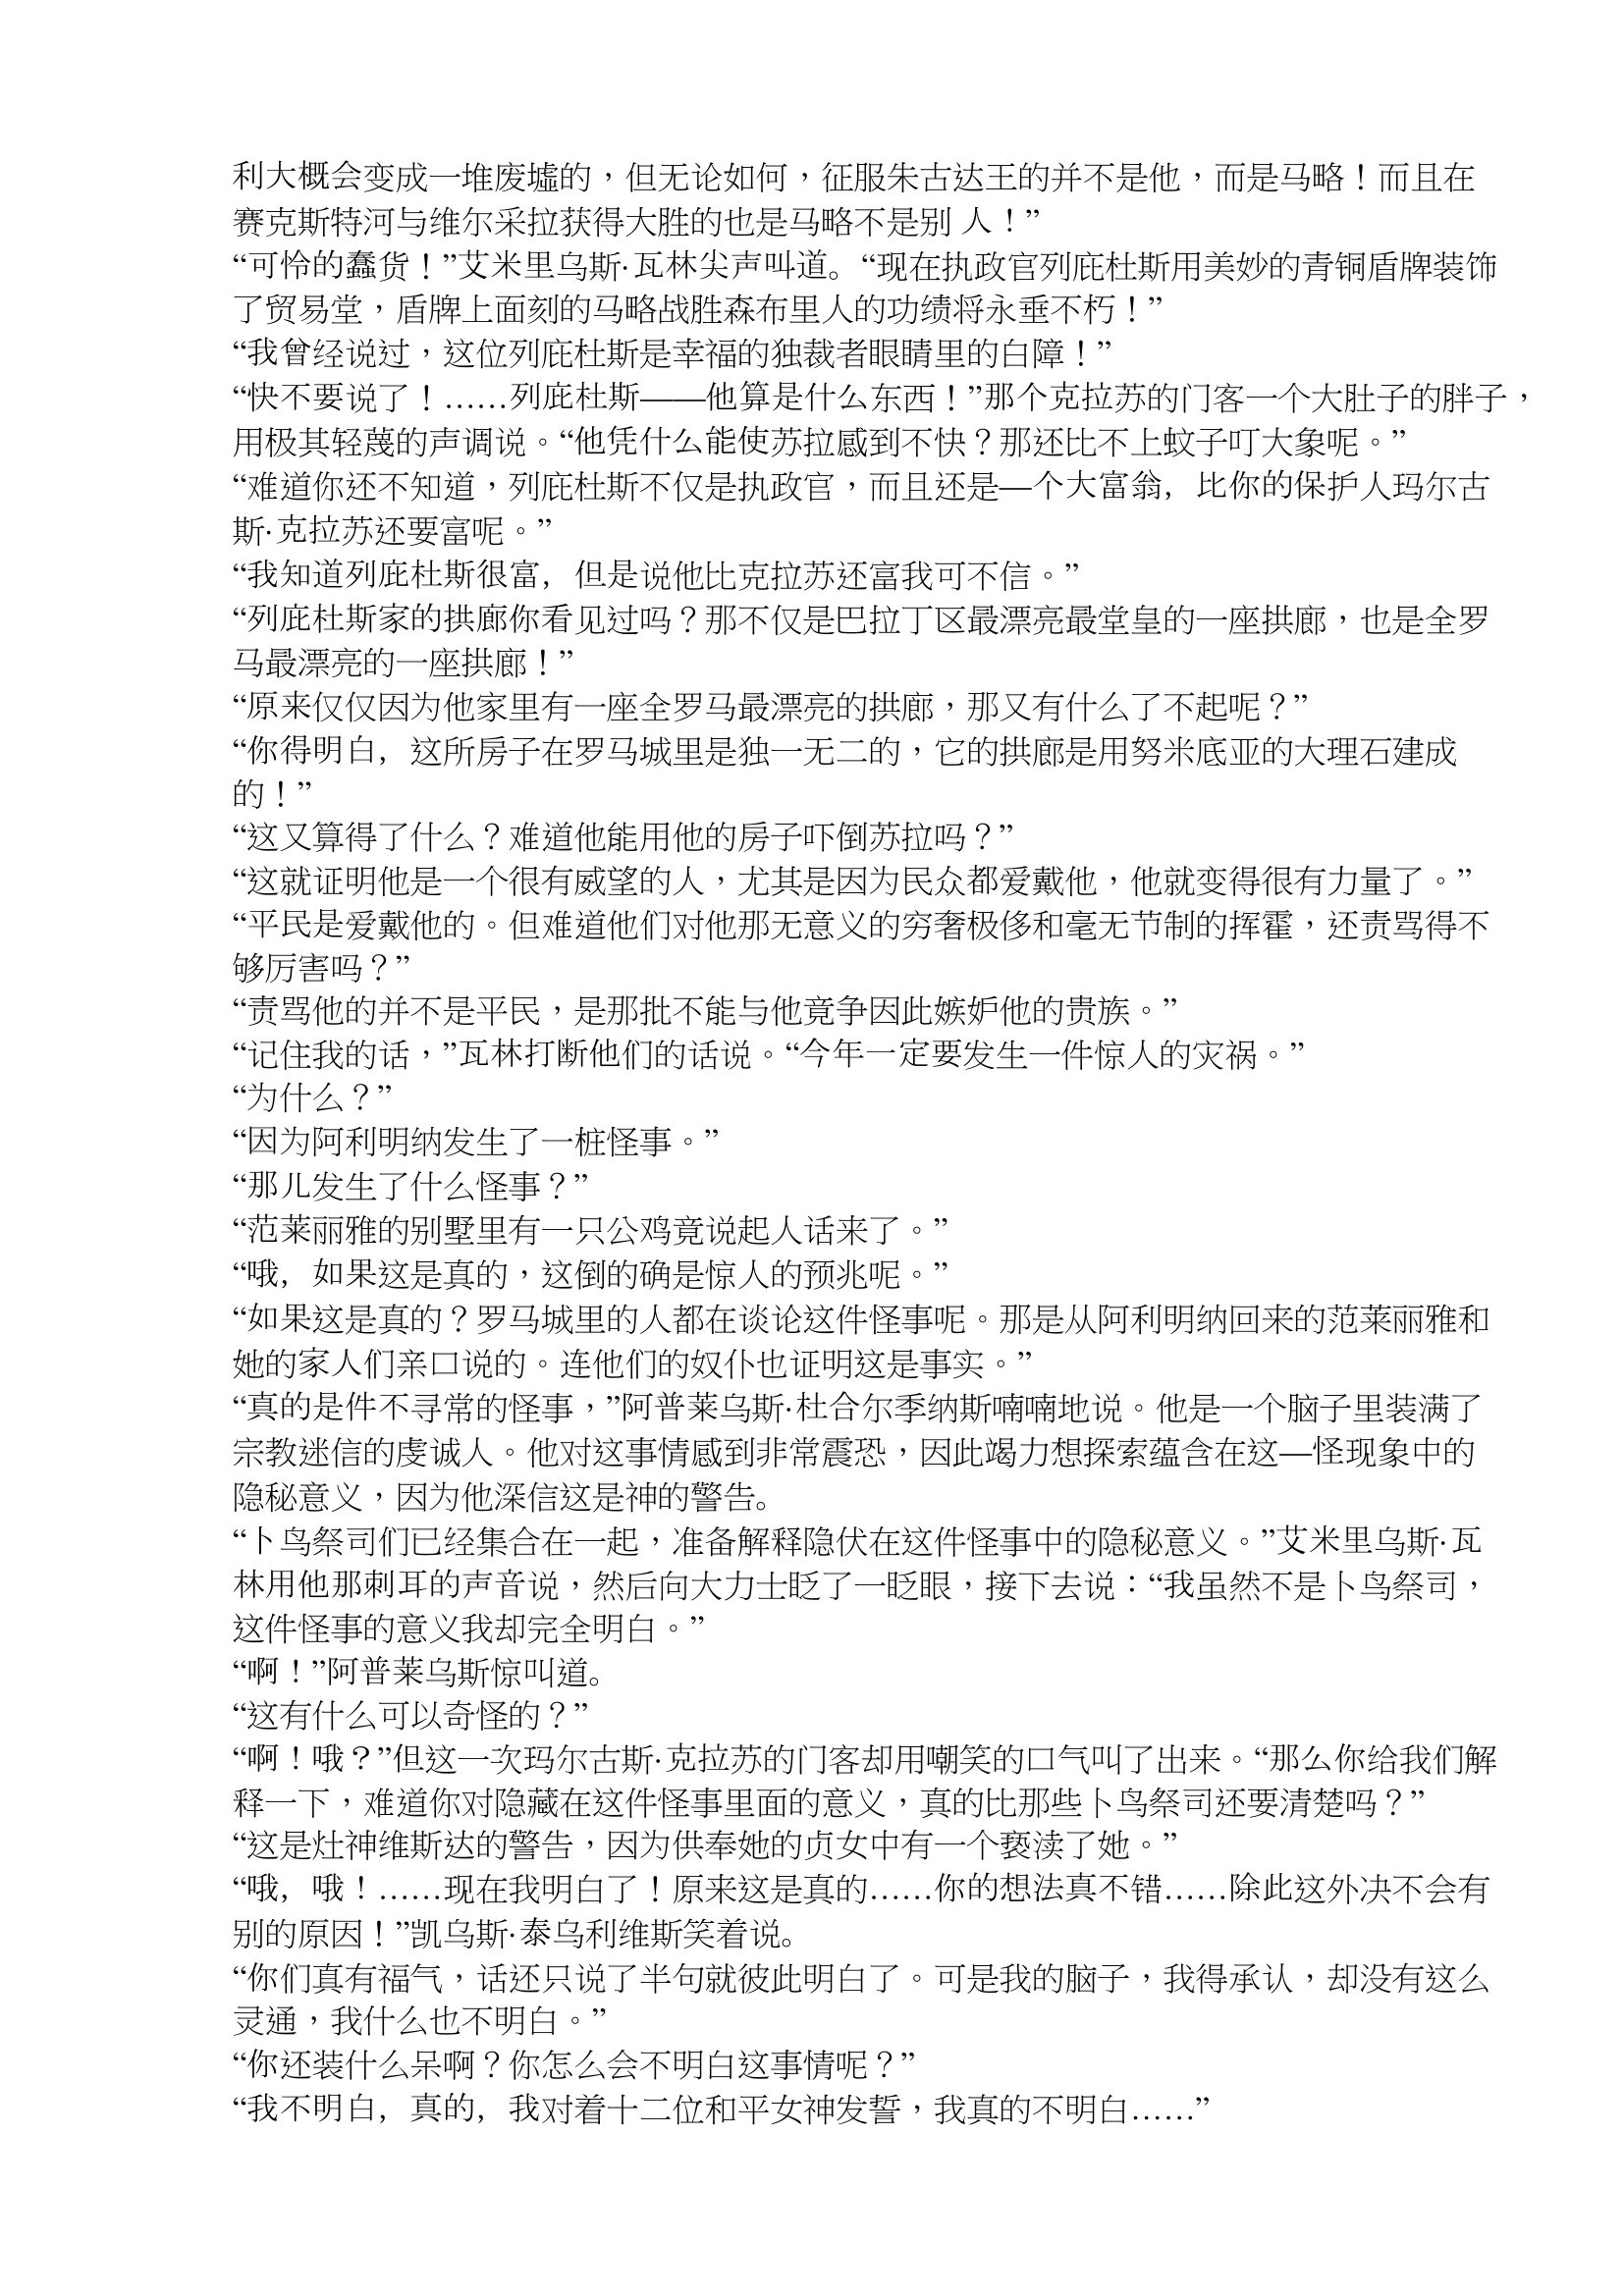
Language: zh